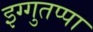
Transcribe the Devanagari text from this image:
इग्गुतप्पा